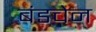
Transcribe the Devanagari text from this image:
बंडचेन